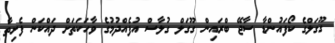
ގޫގަލްގެ ކޯފައުންޑާ ސާޖޭ ބްރައިން ގޫގަލް ގުލާސް އުފެއްދުމުގެ ވާހަކަތަށް ދައްކަން ފެށިތާ